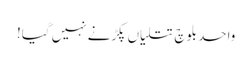
واحد بلوچ تتلیاں پکڑنے نہیں گیا!